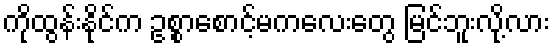
ကိုထွန်းနိုင်က ဥစ္စာစောင့်မကလေးတွေ မြင်ဘူးလို့လား